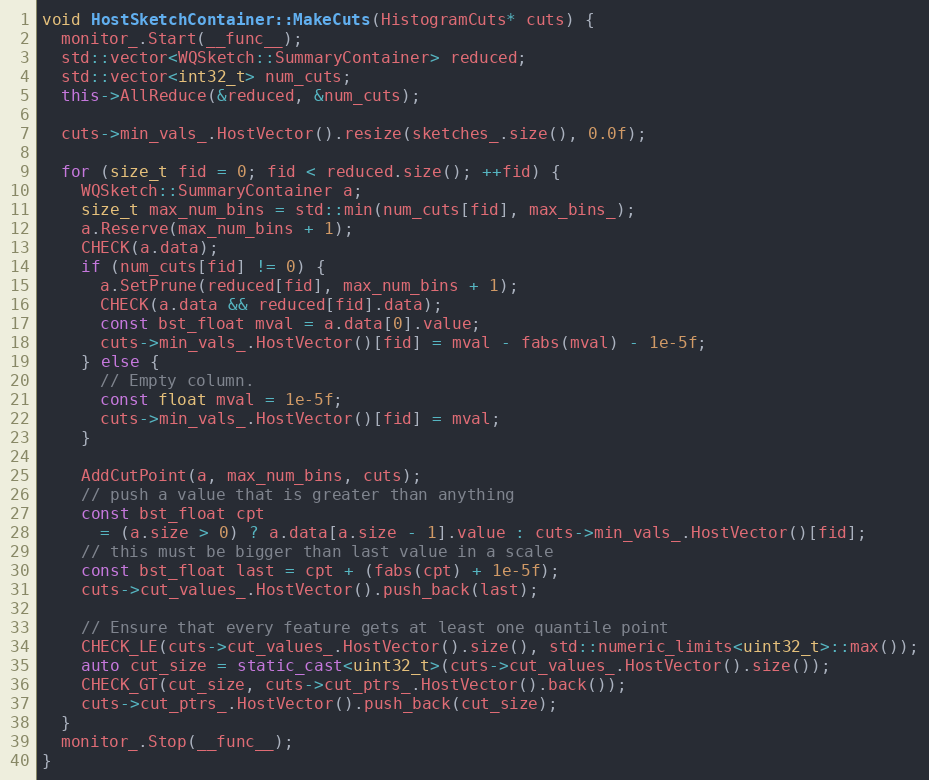
Language: C++
void HostSketchContainer::MakeCuts(HistogramCuts* cuts) {
  monitor_.Start(__func__);
  std::vector<WQSketch::SummaryContainer> reduced;
  std::vector<int32_t> num_cuts;
  this->AllReduce(&reduced, &num_cuts);

  cuts->min_vals_.HostVector().resize(sketches_.size(), 0.0f);

  for (size_t fid = 0; fid < reduced.size(); ++fid) {
    WQSketch::SummaryContainer a;
    size_t max_num_bins = std::min(num_cuts[fid], max_bins_);
    a.Reserve(max_num_bins + 1);
    CHECK(a.data);
    if (num_cuts[fid] != 0) {
      a.SetPrune(reduced[fid], max_num_bins + 1);
      CHECK(a.data && reduced[fid].data);
      const bst_float mval = a.data[0].value;
      cuts->min_vals_.HostVector()[fid] = mval - fabs(mval) - 1e-5f;
    } else {
      // Empty column.
      const float mval = 1e-5f;
      cuts->min_vals_.HostVector()[fid] = mval;
    }

    AddCutPoint(a, max_num_bins, cuts);
    // push a value that is greater than anything
    const bst_float cpt
      = (a.size > 0) ? a.data[a.size - 1].value : cuts->min_vals_.HostVector()[fid];
    // this must be bigger than last value in a scale
    const bst_float last = cpt + (fabs(cpt) + 1e-5f);
    cuts->cut_values_.HostVector().push_back(last);

    // Ensure that every feature gets at least one quantile point
    CHECK_LE(cuts->cut_values_.HostVector().size(), std::numeric_limits<uint32_t>::max());
    auto cut_size = static_cast<uint32_t>(cuts->cut_values_.HostVector().size());
    CHECK_GT(cut_size, cuts->cut_ptrs_.HostVector().back());
    cuts->cut_ptrs_.HostVector().push_back(cut_size);
  }
  monitor_.Stop(__func__);
}